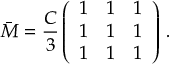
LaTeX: \bar { M } = \frac { C } { 3 } \left( \begin{array} { c c c } { { 1 } } & { { 1 } } & { { 1 } } \\ { { 1 } } & { { 1 } } & { { 1 } } \\ { { 1 } } & { { 1 } } & { { 1 } } \end{array} \right) \, .